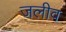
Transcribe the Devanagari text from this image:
जलीव